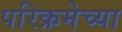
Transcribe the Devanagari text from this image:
परिक्रमेच्या